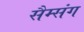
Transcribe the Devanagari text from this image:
सैम्संग